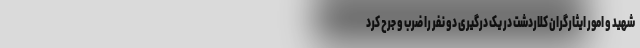
شهید و امور ایثارگران کلاردشت در یک درگیری دو نفر را ضرب و جرح کرد